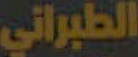
الطبراني